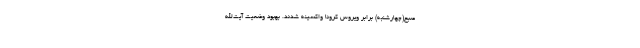
صبح(چهارشنبه) برابر ویروس کرونا واکسینه شدند. بهبود وضعیت آیت‌الله